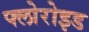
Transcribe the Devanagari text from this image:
फ्लोरोइड